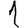
Digit: 1